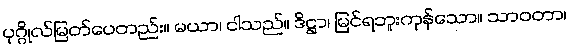
ပုဂ္ဂိုလ်မြတ်ပေတည်း။ မယာ၊ ငါသည်။ ဒိဋ္ဌာ၊ မြင်ရဘူးကုန်သော။ သာဝတာ၊